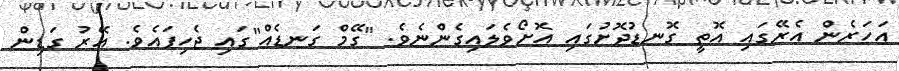
އަހަރެން އެރޭގައި އޮތީ ގޮނޑުދޮށުގައި އޮށޯވެލައިގެންނެވެ. "ގޭމް ގަނޑެއް"ގައި ޖެހިފައެވެ. އޭރު ގަޑިން